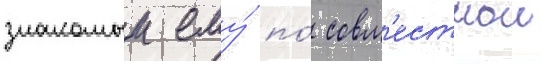
знакомыи ему́ по́ совм'естнои